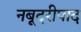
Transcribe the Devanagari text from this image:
नबूदरीपाद